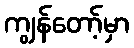
ကျွန်တော့်မှာ